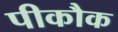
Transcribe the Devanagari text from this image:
पीकौक